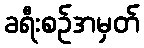
ခရီးစဉ်အမှတ်